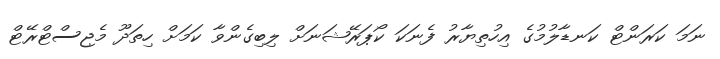
ނަމަ ކަރަންޓް ކަނޑާލުމުގެ އިހުތިޔާރު ފެނަކަ ކޯޕަރޭޝަނަށް ލިބިގެންވާ ކަމަށް ހިތަދޫ މެޖިސްޓްރޭޓް